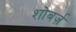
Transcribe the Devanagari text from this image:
शोबर्ज़